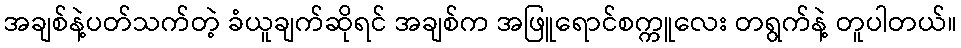
အချစ်နဲ့ပတ်သက်တဲ့ ခံယူချက်ဆိုရင် အချစ်က အဖြူရောင်စက္ကူလေး တရွက်နဲ့ တူပါတယ်။